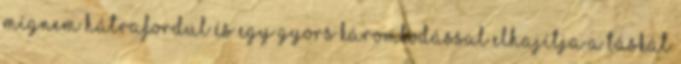
mígnem hátrafordul és egy gyors káromkodással elhajítja a táskát